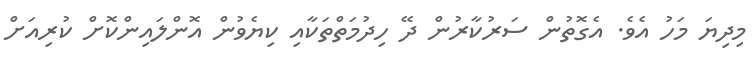
މިދިޔަ މަހު އެވެ. އެގޮތުން ސަރުކާރުން ދޭ ހިދުމަތްތަކާއި ކިޔެވުން އޮންލައިންކޮށް ކުރިއަށް